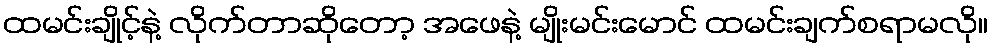
ထမင်းချိုင့်နဲ့ လိုက်တာဆိုတော့ အဖေနဲ့ မျိုးမင်းမောင် ထမင်းချက်စရာမလို။